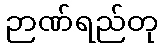
ဉာဏ်ရည်တု